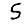
Digit: 5